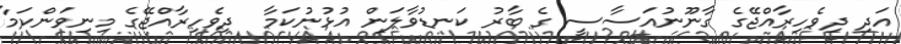
އަދި ދިވެހިރާއްޖޭގެ ގާނޫނުއަސާސީ ގެ ބާރު ކަނޑުވާލަން އުޅުނުކަމާ  ދިވެހިރާއްޖޭގެ މިނިވަންކަމާ